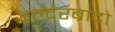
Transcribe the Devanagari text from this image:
इल्देरब्रांदो